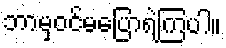
ဘာမှဝင်မပြောရဲကြပါ။